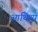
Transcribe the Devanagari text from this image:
आथिथ्य